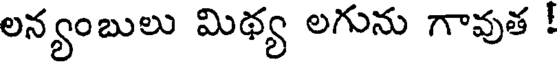
లన్యంబులు మిథ్య లగును గావుత !